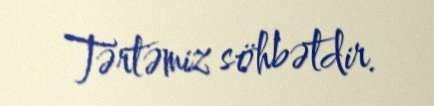
Tərtəmiz söhbətdir.